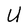
Character: U